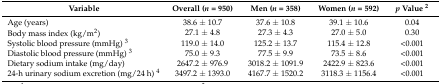
<table><thead><tr><td><b>Variable</b></td><td><b>Overall (<i>n</i> = 950)</b></td><td><b>Men (<i>n</i> = 358)</b></td><td><b>Women (<i>n</i> = 592)</b></td><td><b><i>p</i> Value <sup>2</sup></b></td></tr></thead><tbody><tr><td>Age (years)</td><td>38.6 ± 10.7</td><td>37.6 ± 10.8</td><td>39.1 ± 10.6</td><td>0.04</td></tr><tr><td>Body mass index (kg/m<sup>2</sup>)</td><td>27.1 ± 4.8</td><td>27.3 ± 4.3</td><td>27.0 ± 5.0</td><td>0.30</td></tr><tr><td>Systolic blood pressure (mmHg) <sup>3</sup></td><td>119.0 ± 14.0</td><td>125.2 ± 13.7</td><td>115.4 ± 12.8</td><td>&lt;0.001</td></tr><tr><td>Diastolic blood pressure (mmHg) <sup>3</sup></td><td>75.0 ± 9.3</td><td>77.5 ± 9.9</td><td>73.5 ± 8.6</td><td>&lt;0.001</td></tr><tr><td>Dietary sodium intake (mg/day)</td><td>2647.2 ± 976.9</td><td>3018.2 ± 1091.9</td><td>2422.9 ± 823.6</td><td>&lt;0.001</td></tr><tr><td>24-h urinary sodium excretion (mg/24 h) <sup>4</sup></td><td>3497.2 ± 1393.0</td><td>4167.7 ± 1520.2</td><td>3118.3 ± 1156.4</td><td>&lt;0.001</td></tr></tbody></table>